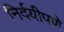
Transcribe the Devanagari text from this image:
निर्दयीपणे